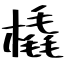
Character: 橇